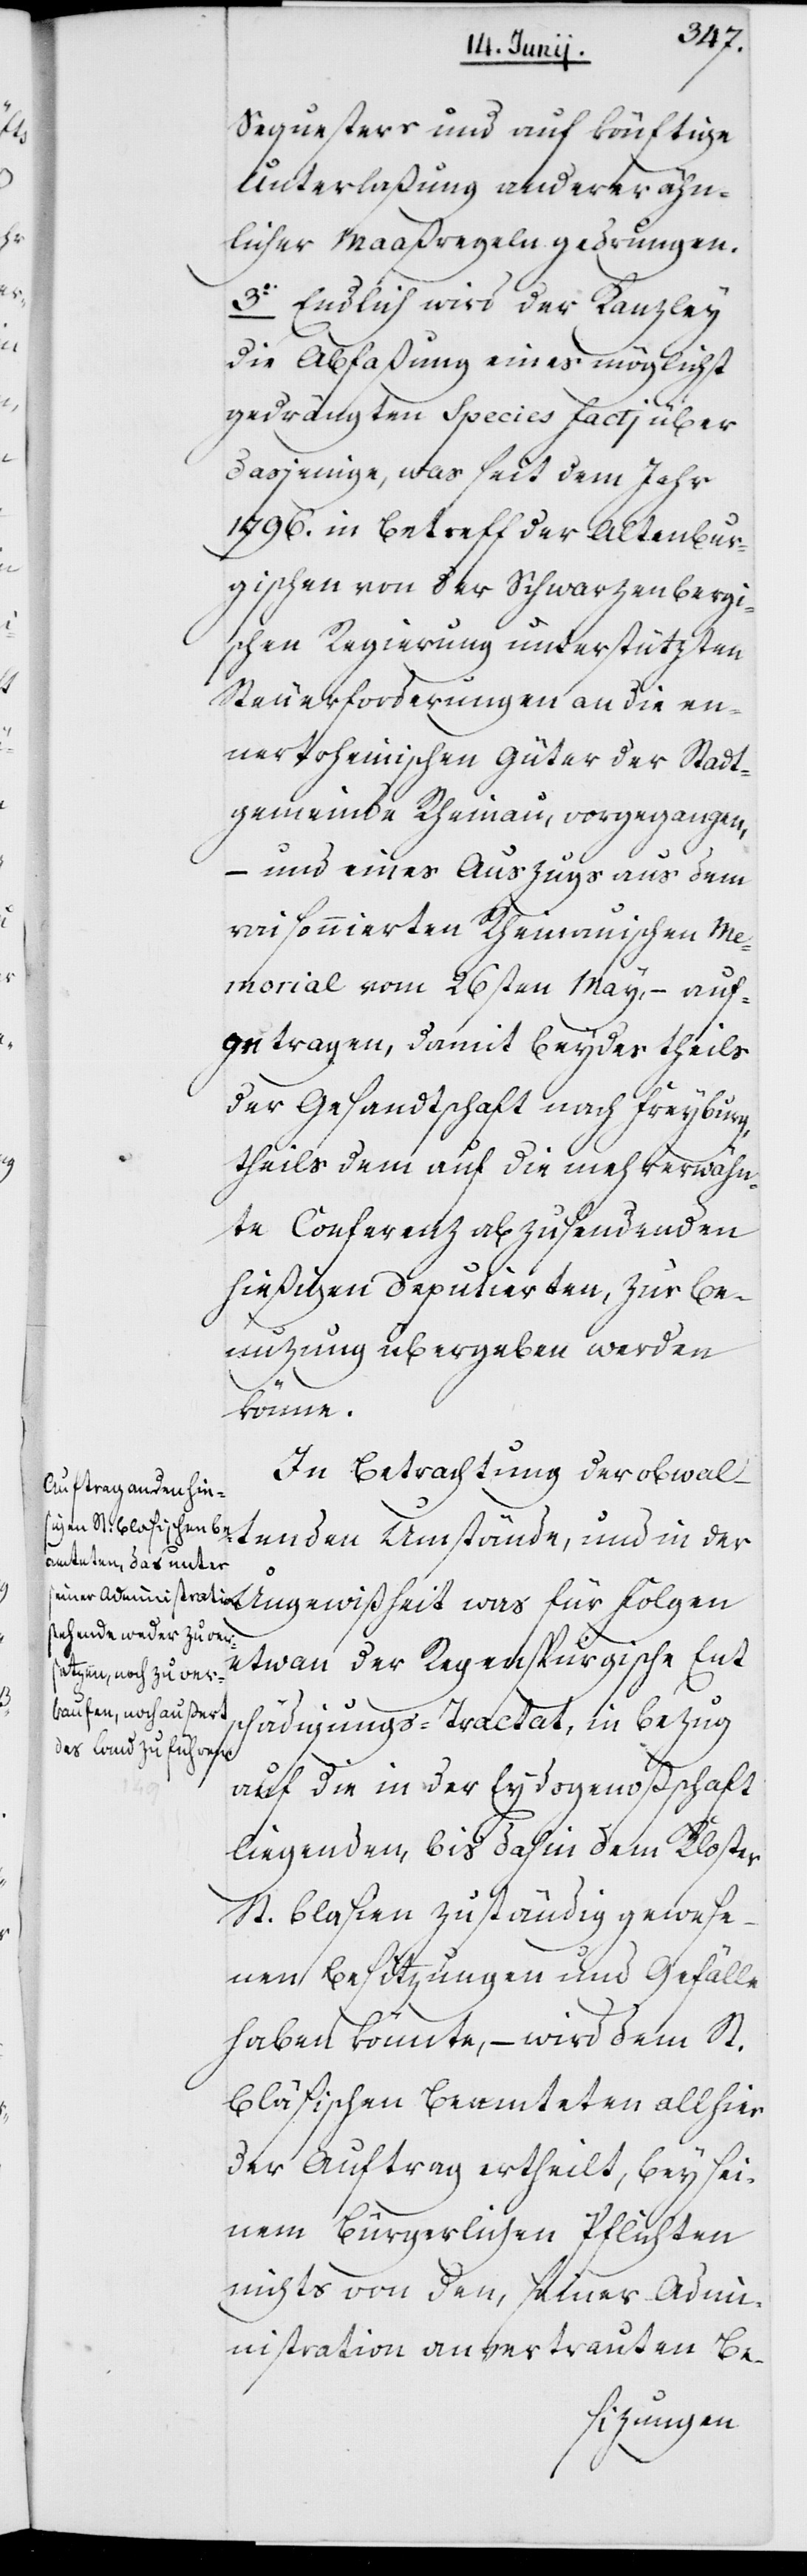
Sequesters und auf könftige
Unterlaßung anderer ähn¬
licher Maaßregeln gedrungen.
3o. Endlich wird der Kanzley
die Abfaßung eines möglichst
gedrängten Species factj über
dasjenige, was seit dem Jahr
1796. in Betreff der Altenbur¬
gischen von der Schwarzenbergi¬
schen Regierung unterstützten
Steuerforderungen an die en¬
nertrheinischen Güter der Stadt¬
gemeinde Rheinau, vorgegangen,
– und eines Auszugs aus dem
raisonnierten Rheinauischen Me¬
morial vom 26sten May, – auf¬
getragen, damit beydes theils
der Gesandtschaft nach Freyburg,
theils dem auf die mehrerwähn¬
te Conferenz abzusendenden
hiesigen Deputierten, zur Be¬
nutzung übergeben werden
könne.
In Betrachtung der obwal¬
tenden Umstände, und in der
Ungewißheit was für Folgen
etwan der Regensburgische Ent¬
schädigungs-Tractat in Bezug
auf die in der Eydsgenoßenschaft
liegenden, bis dahin dem Kloster
St. Blasien zuständig gewese¬
nen Besitzungen und Gefälle
haben könnte, – wird dem St.
Bläsischen Beamteten allhier
der Auftrag ertheilt, bey sei¬
nem [sic!] Bürgerlichen Pflichten
nichts von den, seiner Admi¬
nistration anvertrauten Be-